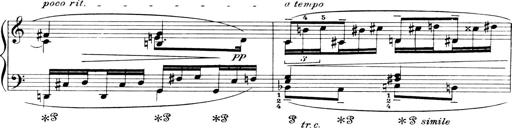
Title: 4 Sonatines
Composer: Max Reger